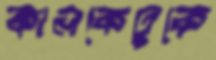
কালকেতুকে